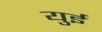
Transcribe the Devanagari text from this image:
युई